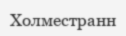
Холместранн